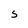
Character: S